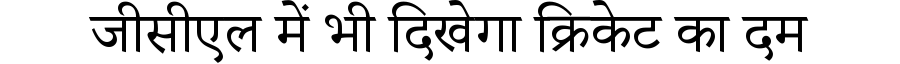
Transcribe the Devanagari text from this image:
जीसीएल में भी दिखेगा क्रिकेट का दम